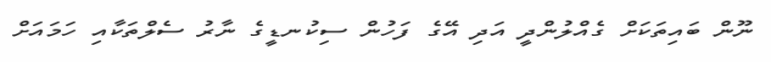
ނޫން ބައިތަކަށް ގެއްލުންދީ އަދި އޭގެ ފަހުން ސިކުނޑީގެ ނާރު ސެލްތަކާއި ހަމައަށް